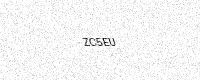
Text: ZC5EU